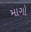
માગો